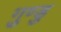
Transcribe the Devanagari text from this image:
गुण्डु